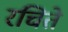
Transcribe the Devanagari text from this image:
रचिते